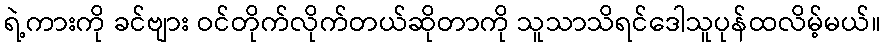
ရဲ့ကားကို ခင်ဗျား ဝင်တိုက်လိုက်တယ်ဆိုတာကို သူသာသိရင်ဒေါသူပုန်ထလိမ့်မယ်။